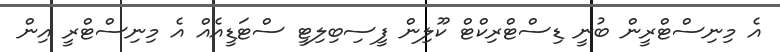
އެ މިނިސްޓްރީން ބުނީ ޑިސްޓްރިކްޓް ކޫލިން ފީސިބިލިޓީ ސްޓަޑީއެއް އެ މިނިސްޓްރީ އިން